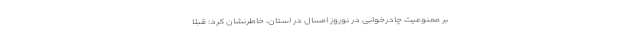
بر ممنوعیت چادرخوابی در نوروز امسال در استان، خاطرنشان کرد: قبلا